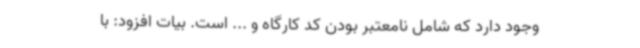
وجود دارد که شامل نامعتبر بودن کد کارگاه و ... است. بیات افزود: با